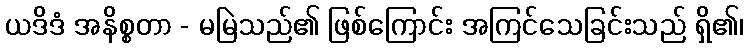
ယဒိဒံ အနိစ္စတာ - မမြဲသည်၏ ဖြစ်ကြောင်း အကြင်သေခြင်းသည် ရှိ၏၊